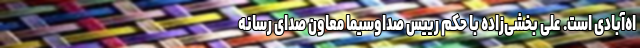
اه‌آبادی است. علی بخشی‌زاده با حکم رییس صداوسیما معاون صدای رسانه